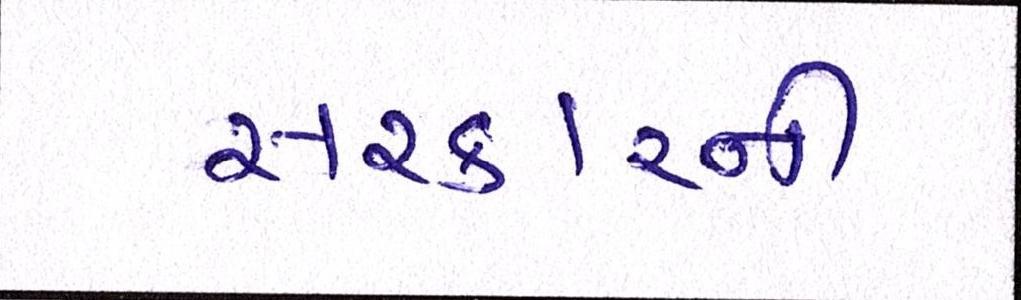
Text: સરકારની